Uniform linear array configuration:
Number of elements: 32
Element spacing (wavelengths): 1
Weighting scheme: blackman
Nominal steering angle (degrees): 0
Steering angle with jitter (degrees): -0.299
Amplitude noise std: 0.05
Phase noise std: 0.05

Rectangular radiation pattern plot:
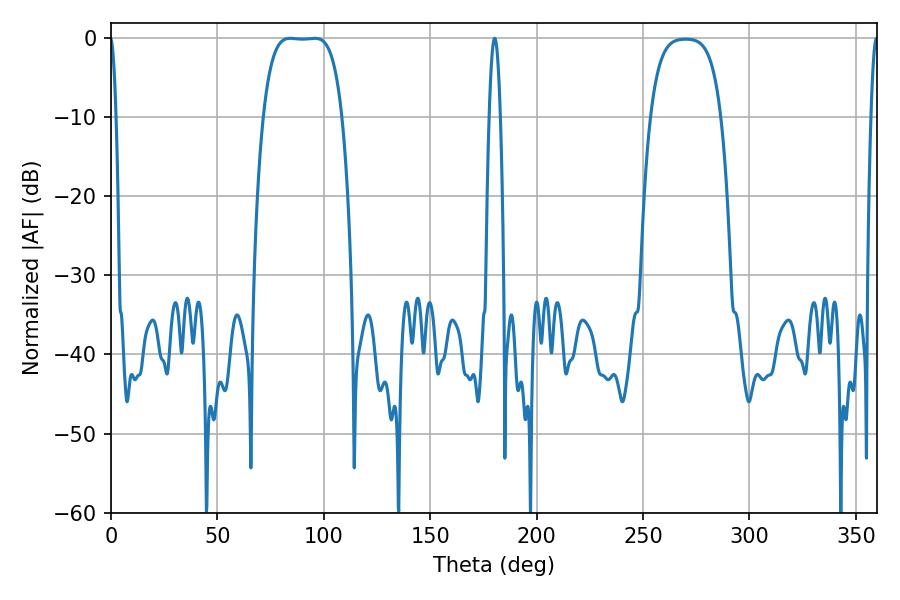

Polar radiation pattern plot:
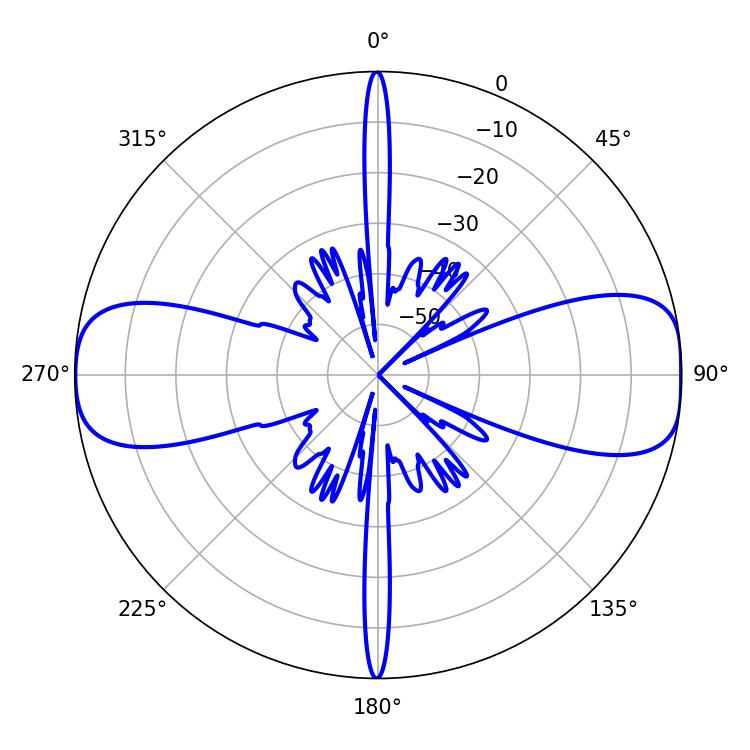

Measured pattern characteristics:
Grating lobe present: TRUE
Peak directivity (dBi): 13.215
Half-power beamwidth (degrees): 28.44
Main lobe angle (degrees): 84.24